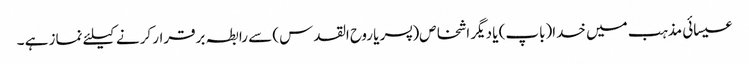
عیسائی مذہب میں خدا(باپ) یا دیگر اشخاص(پسر یا روح القدس) سے رابطہ برقرار کرنے کیلئے نماز ہے ۔